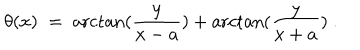
LaTeX: \theta ( x ) \; = \; \operatorname { a r c t a n } ( \frac { y } { x - a } ) + \operatorname { a r c t a n } ( \frac { y } { x + a } ) \; .